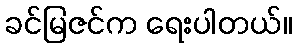
ခင်မြဇင်က ရေးပါတယ်။